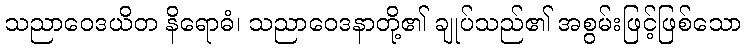
သညာဝေဒယိတ နိရောဓံ၊ သညာဝေဒနာတို့၏ ချုပ်သည်၏ အစွမ်းဖြင့်ဖြစ်သော